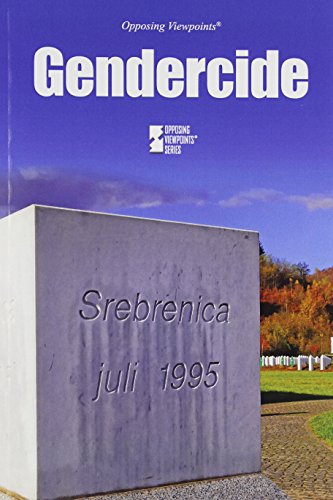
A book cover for Gendercide (Opposing Viewpoints); Noah Berlatsky; Teen & Young Adult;